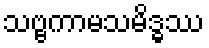
သဗ္ဗကာမသမိဒ္ဓဿ